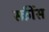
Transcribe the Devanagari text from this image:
स्क्रींस